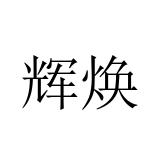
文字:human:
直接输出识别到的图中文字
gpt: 辉焕